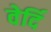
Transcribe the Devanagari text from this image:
वेर्दि